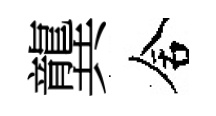
龔舍